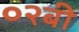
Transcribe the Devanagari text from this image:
०२बी